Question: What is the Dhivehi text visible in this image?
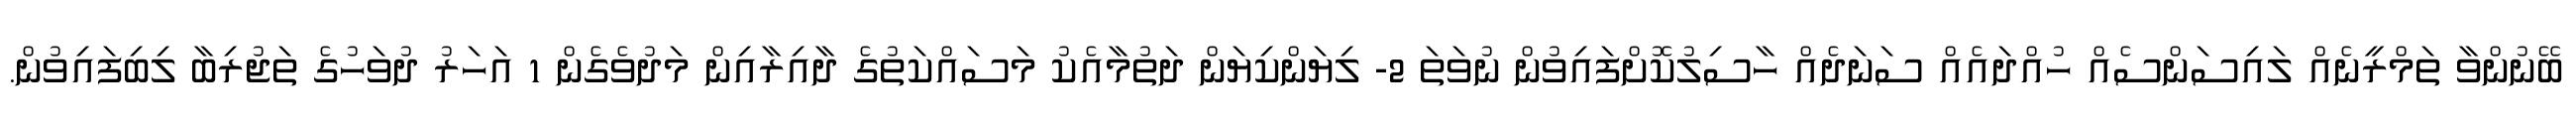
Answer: ބޭނުންވާ ތަމްރީނެއް ލައިސަންސެއް ހުއްދައެއް ސަނަދެއް ހާސިލުކޮށްފައިވުން ނުވަތަ 2- ލިޔަންކިޔަން ދަތުމާއެކު މަސައްކަތުގެ ދާއިރާއިން މަދުވެގެން 1 އަހަރު ދުވަހުގެ ތަޖުރިބާ ލިބިފައިވުން.